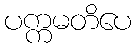
ပက္ကမတိပေ